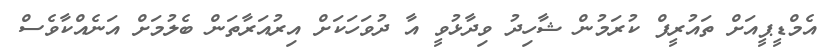
އެމްޑީޕީއަށް ތައުރީފް ކުރަމުން ޝާހިދު ވިދާޅުވީ އާ ދުވަހަކަށް އިރުއަރާތަން ބެލުމަށް އަނެއްކާވެސް